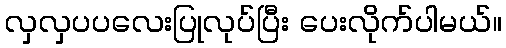
လှလှပပလေးပြုလုပ်ပြီး ပေးလိုက်ပါမယ်။